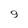
Character: 9